Indian journal of veterinary science and animal husbandry - Volumes 22-23, 1952-1953
Year: 1952
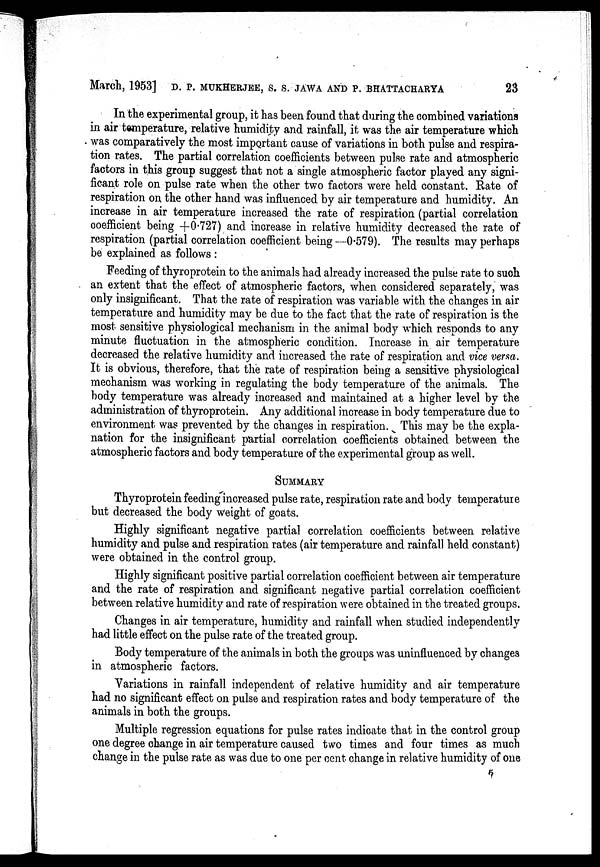
March, 1953] D. P. MUKHERJEE, S. S. JAWA AND P. BHATTACHARYA 23
In the experimental group, it has been found that during the combined variations
in air temperature, relative humidity and rainfall, it was the air temperature which
was comparatively the most important cause of variations in both pulse and respira-
tion rates. The partial correlation coefficients between pulse rate and atmospheric
factors in this group suggest that not a single atmospheric factor played any signi-
ficant role on pulse rate when the other two factors were held constant. Rate of
respiration on the other hand was influenced by air temperature and humidity. An
increase in air temperature increased the rate of respiration (partial correlation
coefficient being +0.727) and increase in relative humidity decreased the rate of
respiration (partial correlation coefficient being —0.579). The results may perhaps
be explained as follows:
Feeding of thyroprotein to the animals had already increased the pulse rate to such
an extent that the effect of atmospheric factors, when considered separately, was
only insignificant. That the rate of respiration was variable with the changes in air
temperature and humidity may be due to the fact that the rate of respiration is the
most sensitive physiological mechanism in the animal body which responds to any
minute fluctuation in the atmospheric condition. Increase in air temperature
decreased the relative humidity and increased the rate of respiration and vice versa.
It is obvious, therefore, that the rate of respiration being a sensitive physiological
mechanism was working in regulating the body temperature of the animals. The
body temperature was already increased and maintained at a higher level by the
administration of thyroprotein. Any additional increase in body temperature due to
environment was prevented by the changes in respiration. This may be the expla-
nation for the insignificant partial correlation coefficients obtained between the
atmospheric factors and body temperature of the experimental group as well.
SUMMARY
Thyroprotein feeding increased pulse rate, respiration rate and body temperature
but decreased the body weight of goats.
Highly significant negative partial correlation coefficients between relative
humidity and pulse and respiration rates (air temperature and rainfall held constant)
were obtained in the control group.
Highly significant positive partial correlation coefficient between air temperature
and the rate of respiration and significant negative partial correlation coefficient
between relative humidity and rate of respiration were obtained in the treated groups.
Changes in air temperature, humidity and rainfall when studied independently
had little effect on the pulse rate of the treated group.
Body temperature of the animals in both the groups was uninfluenced by changes
in atmospheric factors.
Variations in rainfall independent of relative humidity and air temperature
had no significant effect on pulse and respiration rates and body temperature of the
animals in both the groups.
Multiple regression equations for pulse rates indicate that in the control group
one degree change in air temperature caused two times and four times as much
change in the pulse rate as was due to one per cent change in relative humidity of one